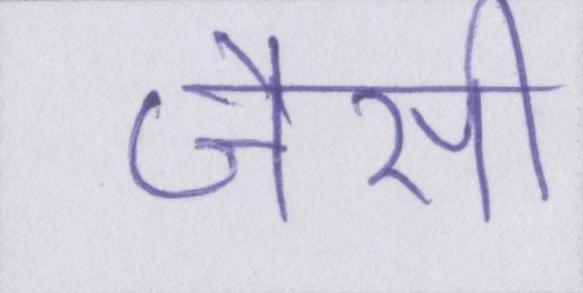
जैसी